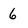
Character: 6